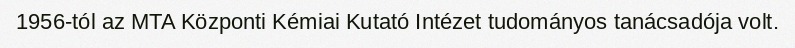
1956-tól az MTA Központi Kémiai Kutató Intézet tudományos tanácsadója volt.